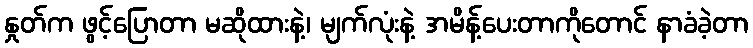
နှုတ်က ဖွင့်ပြောတာ မဆိုထားနဲ့၊ မျက်လုံးနဲ့ အမိန့်ပေးတာကိုတောင် နာခံခဲ့တာ